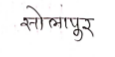
मजकूर: सोलापुर